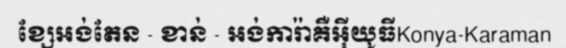
ខ្សែអង់តែន - ខាន់ - អង់ការ៉ាគឺអ៊ីយូធីKonya-Karaman